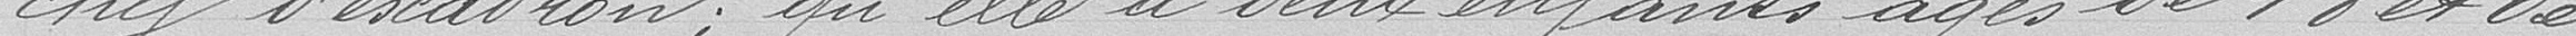
chef d'escadron ; qu'elle a deux enfants âgés de 18 et de